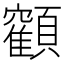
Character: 𩕥